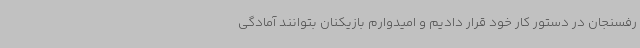
رفسنجان در دستور کار خود قرار دادیم و امیدوارم بازیکنان بتوانند آمادگی